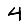
Digit: 4